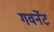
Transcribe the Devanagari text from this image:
गवर्नेट